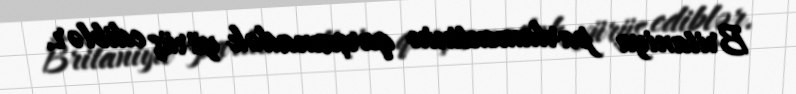
Britaniya parlamentinin qarşısınadək yürüş ediblər.